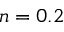
n = 0 . 2